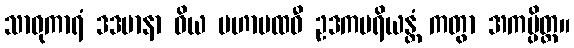
သာဓုကာရံ ဒဒမာနာ ဝိယ မဟာပထဝီ ဥဒကပရိယန္တံ ကတွာ အကမ္ပိတ္ထ။